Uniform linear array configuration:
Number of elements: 4
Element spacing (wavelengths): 0.5
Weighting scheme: hamming
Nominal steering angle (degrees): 45
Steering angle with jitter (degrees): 46.959
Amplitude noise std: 0.05
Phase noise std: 0.05

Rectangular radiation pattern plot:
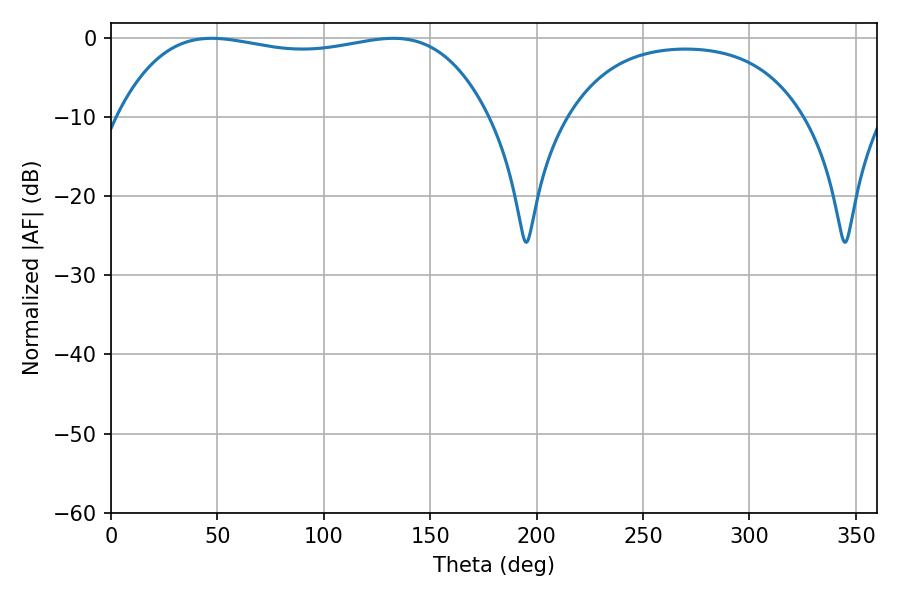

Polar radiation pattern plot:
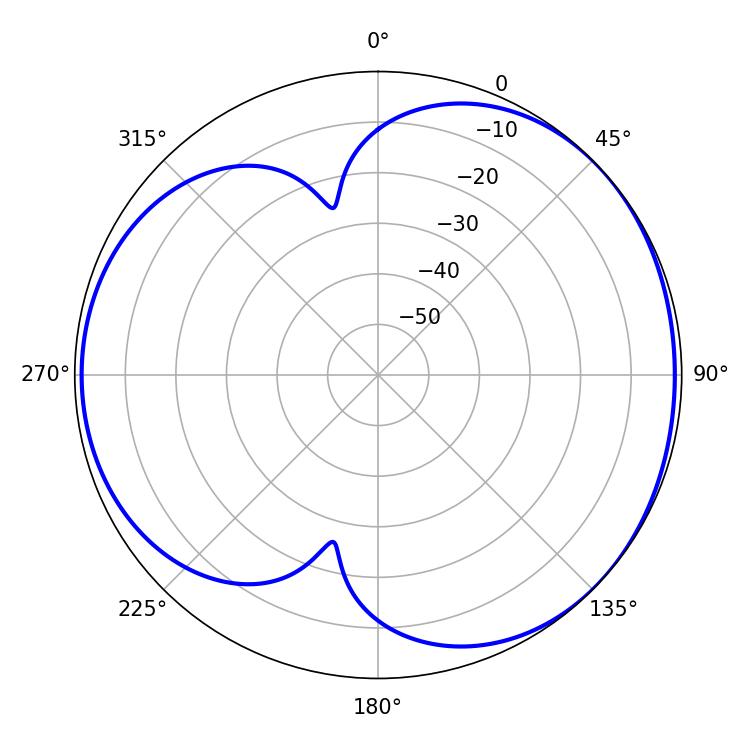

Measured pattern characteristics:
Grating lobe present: FALSE
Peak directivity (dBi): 4.119
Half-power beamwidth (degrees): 139.68
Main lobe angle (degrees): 47.34